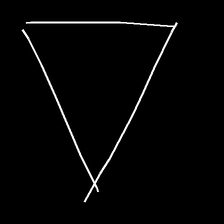
Glyph: convergence